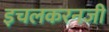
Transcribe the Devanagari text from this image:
इचलकरनजी